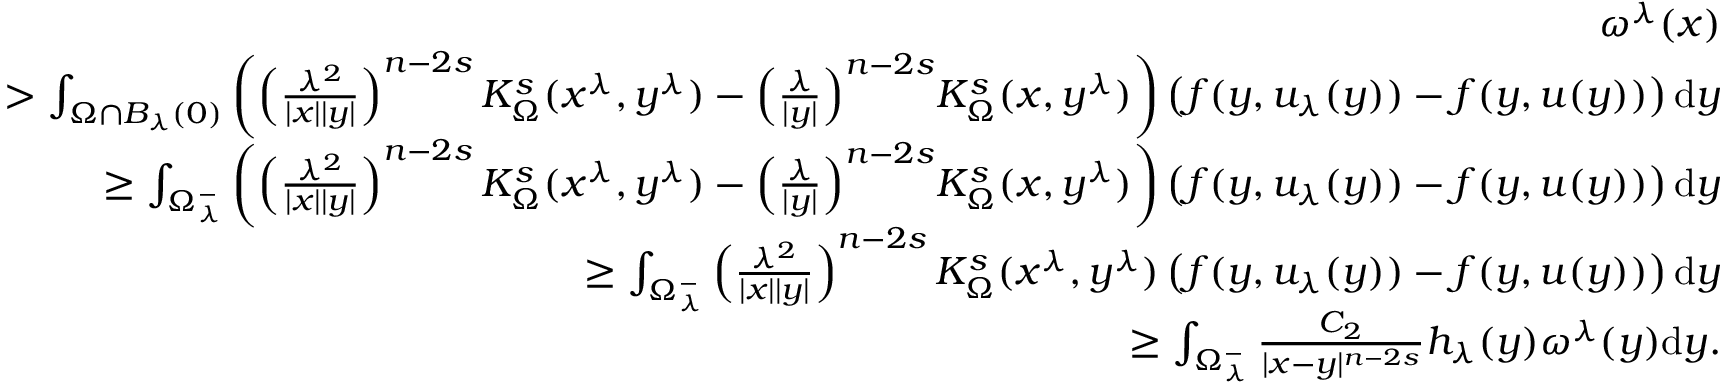
\begin{array} { r l r } & { } & { \quad \omega ^ { \lambda } ( x ) } \\ & { } & { > \int _ { \Omega \cap B _ { \lambda } ( 0 ) } \left( \left( \frac { \lambda ^ { 2 } } { | x | | y | } \right) ^ { n - 2 s } K _ { \Omega } ^ { s } ( x ^ { \lambda } , y ^ { \lambda } ) - { \left( \frac { \lambda } { | y | } \right) } ^ { n - 2 s } K _ { \Omega } ^ { s } ( x , y ^ { \lambda } ) \right) \left( f ( y , u _ { \lambda } ( y ) ) - f ( y , u ( y ) ) \right) \mathrm d y } \\ & { } & { \geq \int _ { \Omega _ { \lambda } ^ { - } } \left( \left( \frac { \lambda ^ { 2 } } { | x | | y | } \right) ^ { n - 2 s } K _ { \Omega } ^ { s } ( x ^ { \lambda } , y ^ { \lambda } ) - { \left( \frac { \lambda } { | y | } \right) } ^ { n - 2 s } K _ { \Omega } ^ { s } ( x , y ^ { \lambda } ) \right) \left( f ( y , u _ { \lambda } ( y ) ) - f ( y , u ( y ) ) \right) \mathrm d y } \\ & { } & { \geq \int _ { \Omega _ { \lambda } ^ { - } } \left( \frac { \lambda ^ { 2 } } { | x | | y | } \right) ^ { n - 2 s } K _ { \Omega } ^ { s } ( x ^ { \lambda } , y ^ { \lambda } ) \left( f ( y , u _ { \lambda } ( y ) ) - f ( y , u ( y ) ) \right) \mathrm d y } \\ & { } & { \geq \int _ { \Omega _ { \lambda } ^ { - } } \frac { C _ { 2 } } { | x - y | ^ { n - 2 s } } h _ { \lambda } ( y ) \omega ^ { \lambda } ( y ) \mathrm d y . } \end{array}